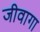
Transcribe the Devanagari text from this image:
जीवागा